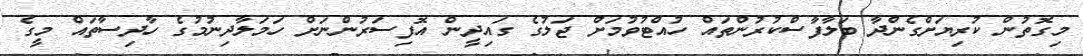
މިގޮތުން ކުރިޔަށްގެންދާ ބަލާފާސްކުރުންތައް ހުއްޓުވުމަށް ޖަލުގެ ގައިދީން އޮފިސަރުންނަށް ހަމަލާދިނުމުގެ ހާދިސާތައް މީގެ